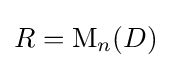
R=\operatorname {M} _{n}(D)